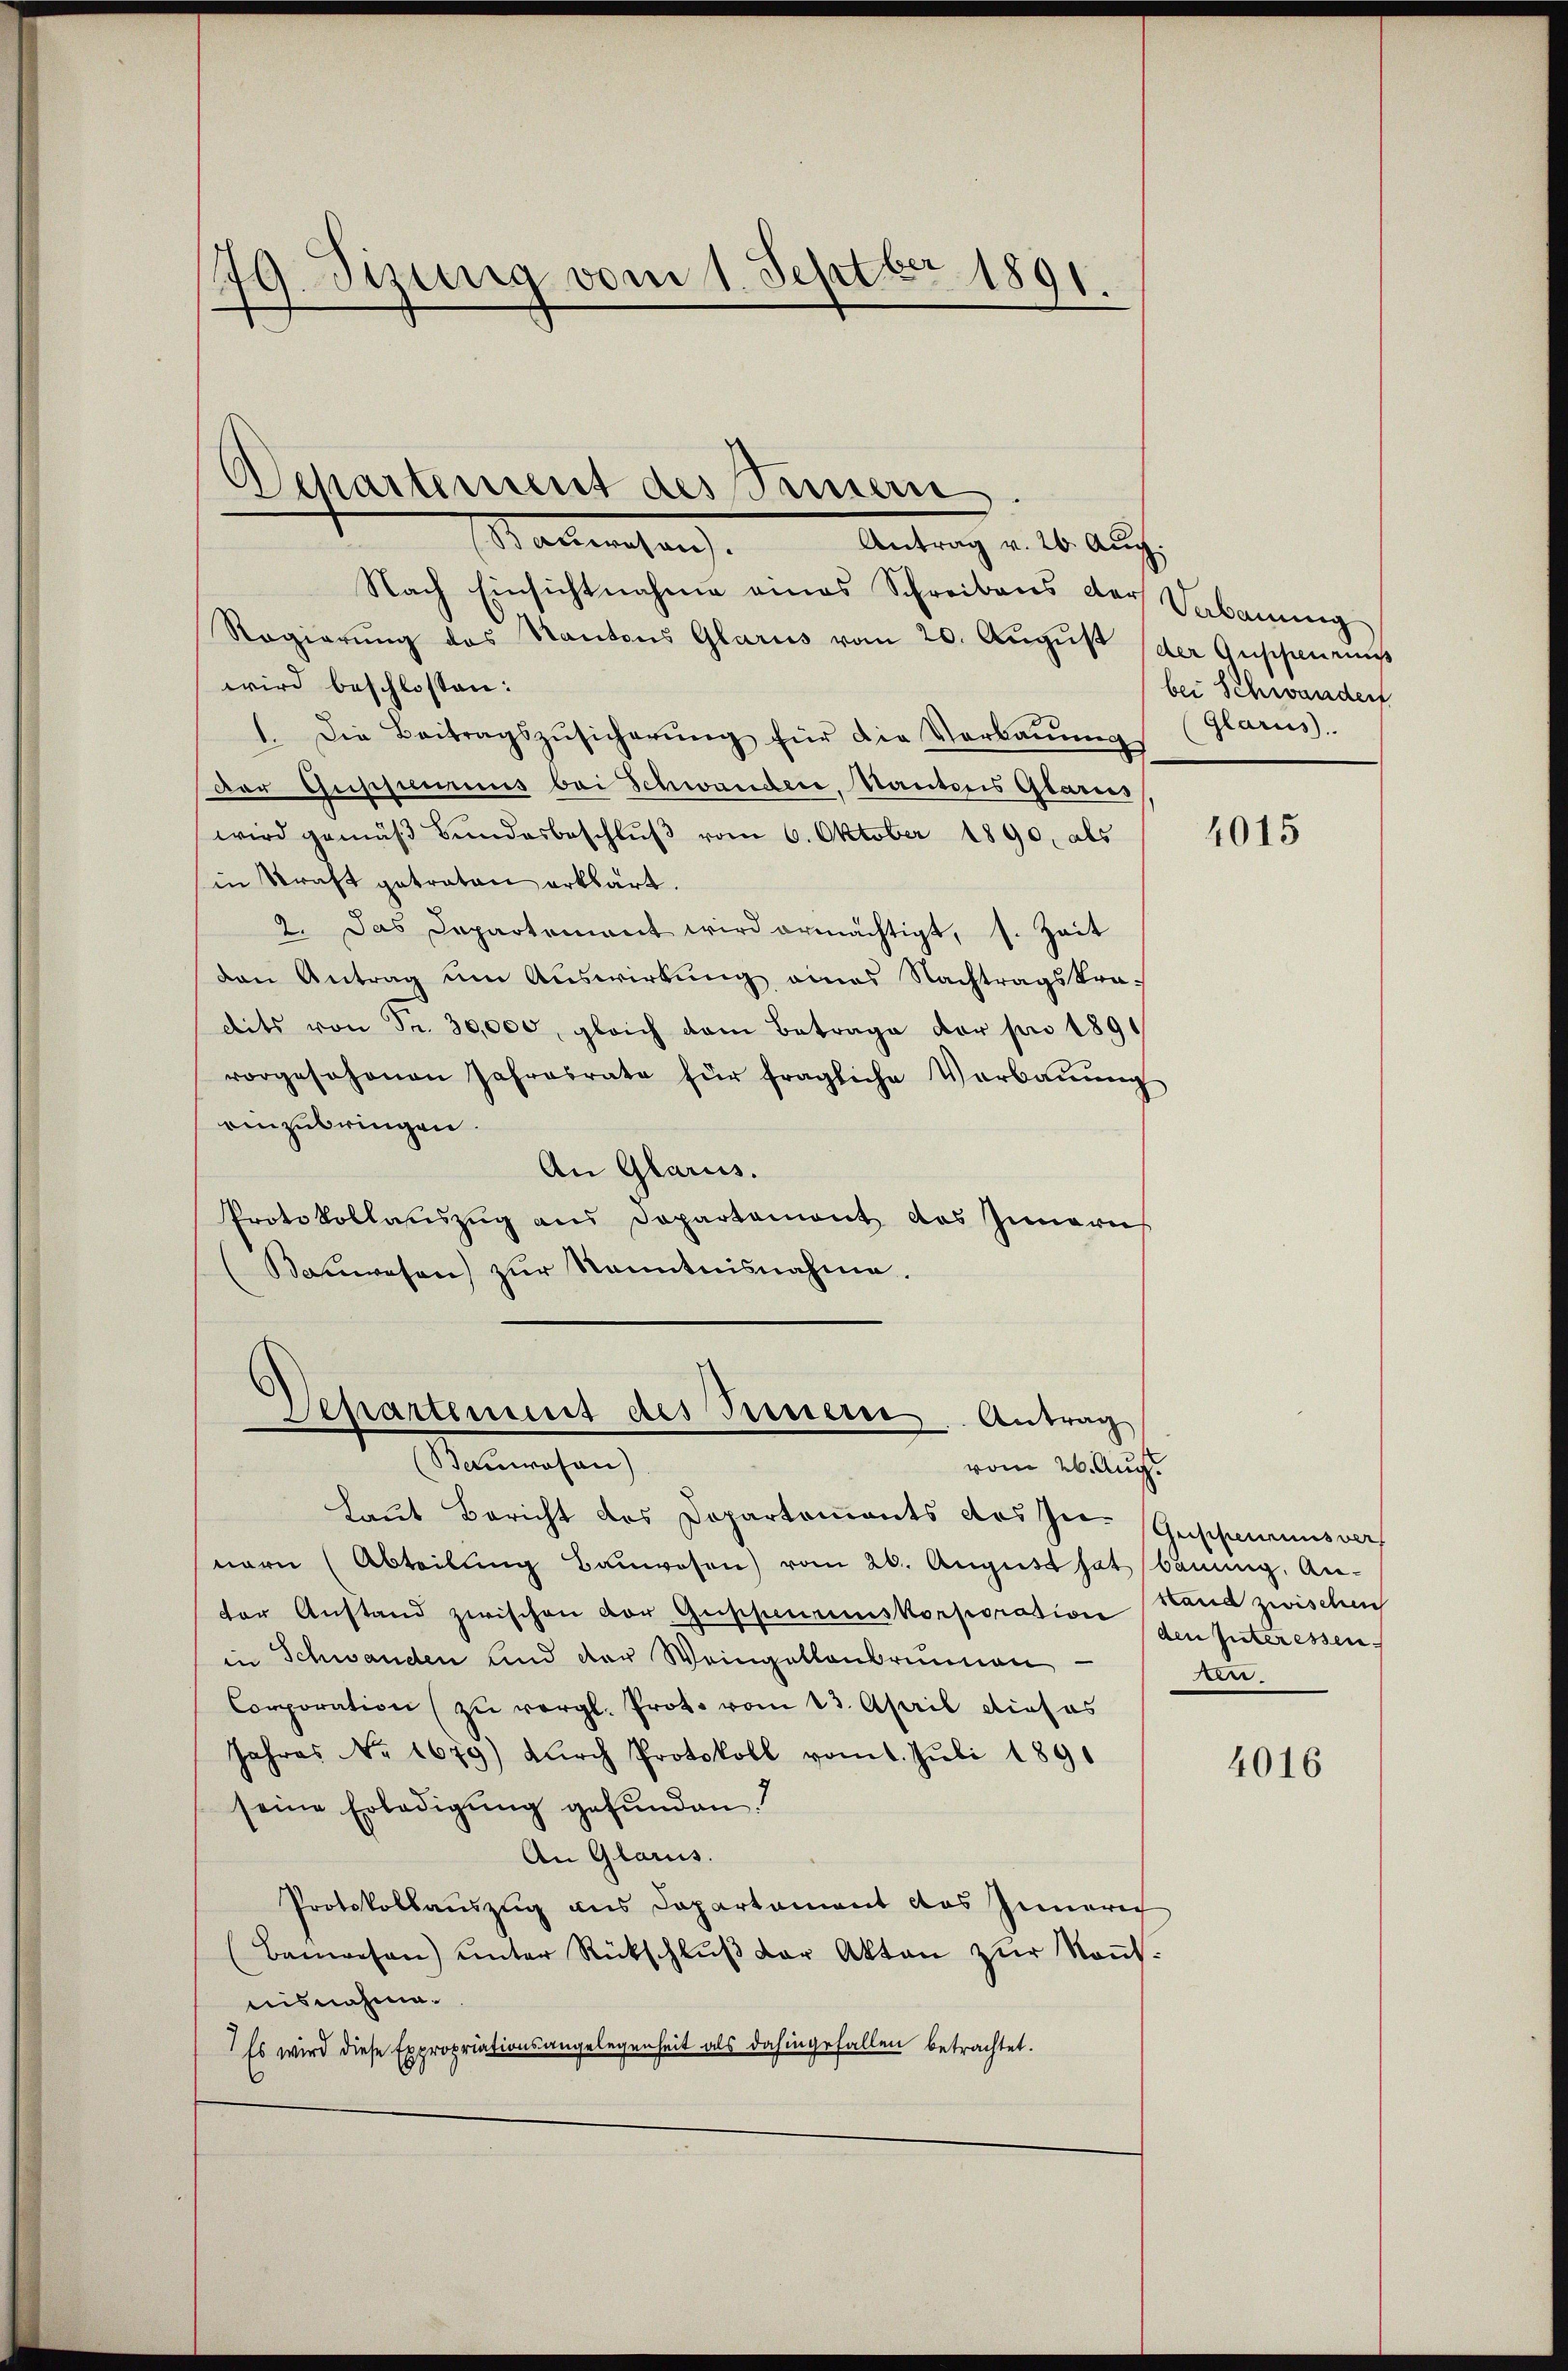
79. Sizung vom 1. Septbr 1891.

Departement des Seinern
Stattenhang.
Antrag v. 20. Aug.

Nach Einsichtnahme eines Schreibens der Vakanŭng
Regierŭng des Kantons Glarus vom 20. Aŭgŭst (der Guspens
wird beschlossen:
1. Die Beitragszŭsicherŭng für die Verbaŭŭng
der Geschines bei Schwandere, Kantons Glaries
wird gemäβ Bŭndesbeschlŭβ vom 6. Oktober 1890, als
in Straft getraten erklärt.
2. Das Departement wird ermächtigt, s. Zeit
den Antrag um Auswirkung eines Nachtragskra-
dits von Fr. 30,000, gleich dem Betrage vor pro 1891
vorgesehenen Jahresrate für fragliche Verbaŭŭng
einzubringen.
An Glarus.
Protokollauszug aus Dopartement des Innern
Bauwesen zŭr Kenntnisnahme.

Laut Bericht des Departements des Her- Geschens nach
nern (Abteilŭng Baŭwesen) vom 26. August hat bauung. An-
der Anstand zwischen vor Guppenumskorporation Hand zwischen
in Schwanden und der Weingeltenbrunnen
Corporation zŭ vergl. Prot. vom 13. April dieses
Jahres No 1679) dŭrch Protokoll vom 1. Juli 1891
seine Erledigung gefunden.
An Glarus.
Protokollauszug aus Departement das Zimerich
(Banwesen) unter Rückschlŭβ der Akten zŭr Keṅt-
misnahme.
Es wird diese Expropriationsangelegenheit als dahingefallen betrachtet.

Departement des Fernern. Antrag
(Bauwesen)
vom 26. Aug.

bei Schwander
Glarus.

4015

den Interessen
n

4016